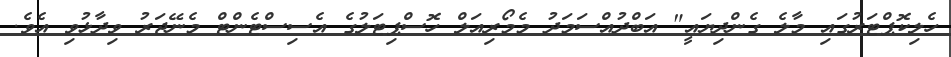
ހެލިކޮޕްޓަރުގައި މާލެ ގެންދިޔައީ" އަބްދުއްސަމަދު މެމޯރިއަލް ހޮސްޕިޓަލުގެ އެސިސްޓެންޓް މެނޭޖަރު ވިދާޅުވި އެވެ.